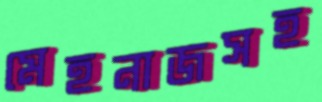
মেহনাজসহ